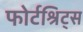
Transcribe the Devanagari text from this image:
फोर्टश्रिट्स